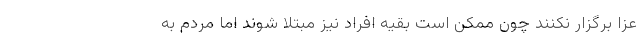
عزا برگزار نکنند چون ممکن است بقیه افراد نیز مبتلا شوند اما مردم به